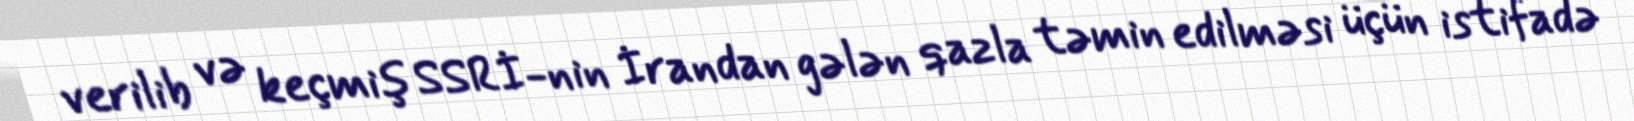
verilib və keçmiş SSRİ-nin İrandan gələn qazla təmin edilməsi üçün istifadə